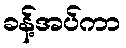
ခန့်အပ်ကာ